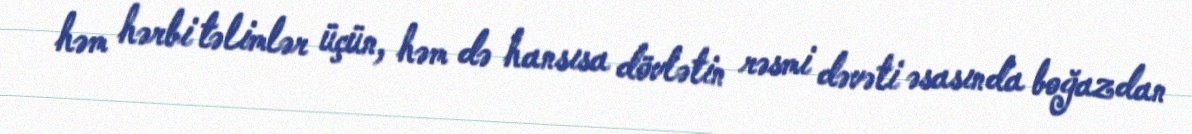
həm hərbi təlimlər üçün, həm də hansısa dövlətin rəsmi dəvəti əsasında boğazdan